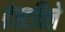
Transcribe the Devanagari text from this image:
हंस्टविले